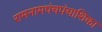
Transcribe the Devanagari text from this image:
रामनामपंचपंचाशिका